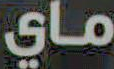
ماي